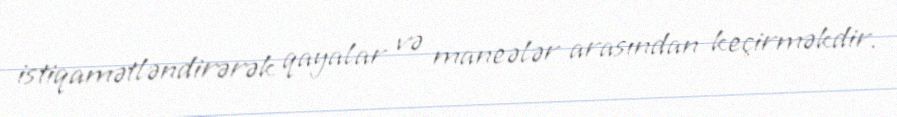
istiqamətləndirərək qayalar və maneələr arasından keçirməkdir.